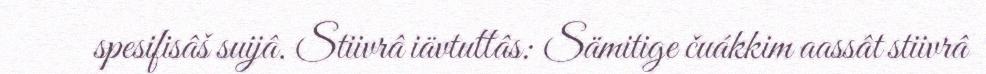
spesifisâš suijâ. Stiivrâ iävtuttâs: Sämitige čuákkim aassât stiivrâ